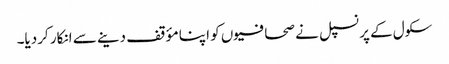
سکول کے پرنسپل نے صحافیوں کو اپنا مؤقف دینے سے انکار کردیا۔